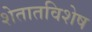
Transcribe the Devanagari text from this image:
शेतातविशेष